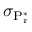
\sigma _ { \mathrm { P _ { r } ^ { * } } }